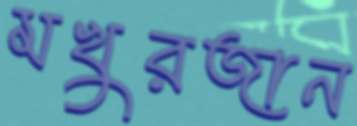
মখুরজান